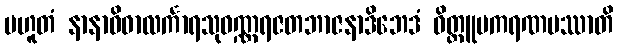
ပဟူတံ နာနာဝိဓာလင်္ကာရသုဝဏ္ဏရဇတဘာဇနာဒိဘေဒံ ဝိတ္တူပကရဏမဿာတိ